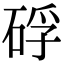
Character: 𥒫